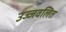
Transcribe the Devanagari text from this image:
उज्जवलित